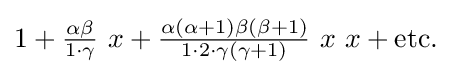
1+{\tfrac {\alpha \beta }{1\cdot \gamma }}~x+{\tfrac {\alpha (\alpha +1)\beta (\beta +1)}{1\cdot 2\cdot \gamma (\gamma +1)}}~x~x+{\mbox{etc.}}